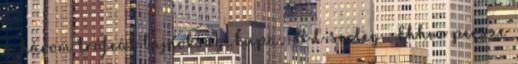
a három trófeát bajnokság, kupa, BL-serleg . Ehhez persze